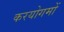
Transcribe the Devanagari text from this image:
करयोगमों